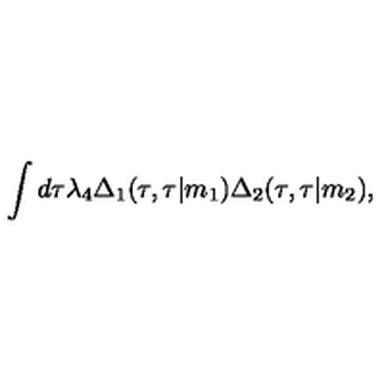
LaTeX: \int d \tau { \lambda } _ { 4 } { \Delta } _ { 1 } ( \tau , \tau \vert m _ { 1 } ) { \Delta } _ { 2 } ( \tau , \tau \vert m _ { 2 } ) ,